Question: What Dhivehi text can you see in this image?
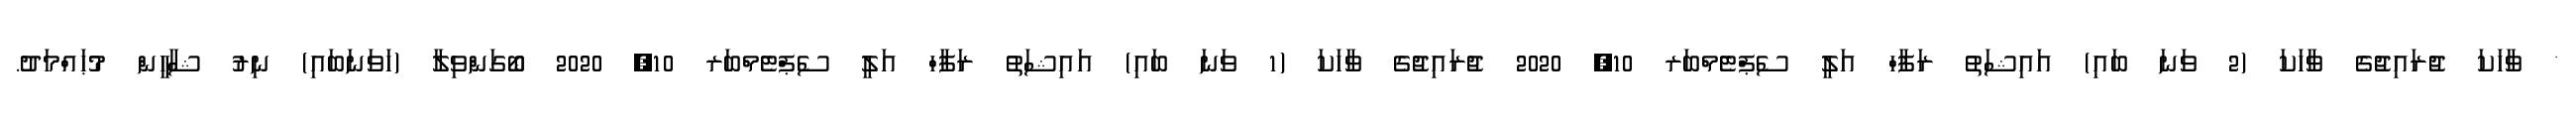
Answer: * ވާހަކަ ޖުރައިޖުގެ ވާހަކަ (2 ވަނަ ބައި) އައިޝަތު ރަފާހް އަލީ ސެޕްޓެމްބަރ 10, 2020 ޖުރައިޖުގެ ވާހަކަ (1 ވަނަ ބައި) އައިޝަތު ރަފާހް އަލީ ސެޕްޓެމްބަރ 10, 2020 ބޯގަންވިލާ (ހަވަނަބައި) ނިރު ޝާހީން މުޙައްމަދު.